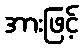
အားဖြင့်